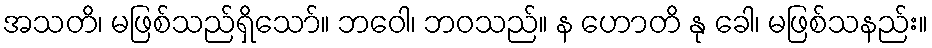
အသတိ၊ မဖြစ်သည်ရှိသော်။ ဘဝေါ၊ ဘဝသည်။ န ဟောတိ နု ခေါ၊ မဖြစ်သနည်း။